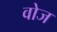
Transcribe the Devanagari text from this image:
वोज